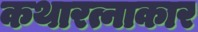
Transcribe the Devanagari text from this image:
कथारत्नाकार